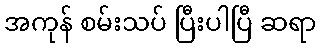
အကုန် စမ်းသပ် ပြီးပါပြီ ဆရာ